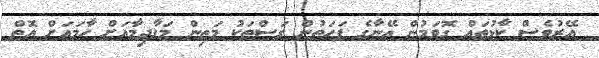
އޭރުވެސް ކާޅުތައް ގޮވަމުން އޭނާގެ ފަހަތުން ގަސްތަކު މަތިން މަގާދިމާއަށް ހާމައަށް އޮތް